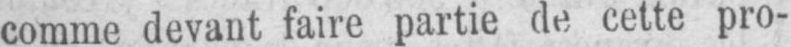
comme devant faire partie de cette pro-